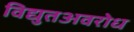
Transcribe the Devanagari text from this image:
विद्युतअवरोध